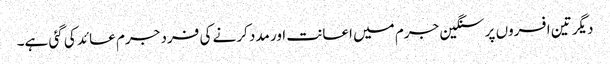
دیگر تین افسروں پر سنگین جرم میں اعانت اور مدد کرنے کی فرد جرم عائد کی گئی ہے۔